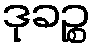
ဒုခဉ္စ